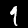
Digit: 9